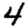
Digit: 4